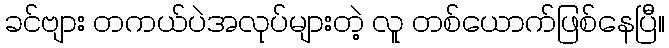
ခင်ဗျား တကယ်ပဲအလုပ်များတဲ့ လူ တစ်ယောက်ဖြစ်နေပြီ။